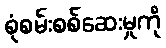
စုံစမ်းစစ်ဆေးမှုကို